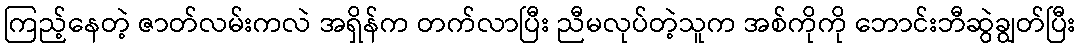
ကြည့်နေတဲ့ ဇာတ်လမ်းကလဲ အရှိန်က တက်လာပြီး ညီမလုပ်တဲ့သူက အစ်ကိုကို ဘောင်းဘီဆွဲချွတ်ပြီး